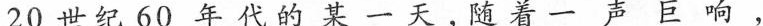
20世纪60年代的某一天，随着一声巨响，